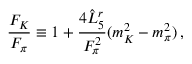
\frac { F _ { K } } { F _ { \pi } } \equiv 1 + \frac { 4 \hat { L } _ { 5 } ^ { r } } { F _ { \pi } ^ { 2 } } ( m _ { K } ^ { 2 } - m _ { \pi } ^ { 2 } ) \, ,